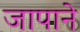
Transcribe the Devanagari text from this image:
जापाने